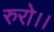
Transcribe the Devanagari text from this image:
रुरो।।